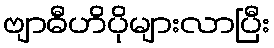
ဗျာဓီဟိပိုများလာပြီး